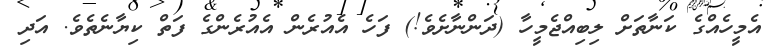
އެމީހެއްގެ ކަނާތަށް ލިބިއްޖެމީހާ (ދަންނާށެވެ!) ފަހެ އެއުރެން އެއުރެންގެ ފަތް ކިޔާނެތެވެ. އަދި